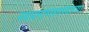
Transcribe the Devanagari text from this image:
नवप्रमाणशास्त्राच्या